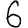
Digit: 6